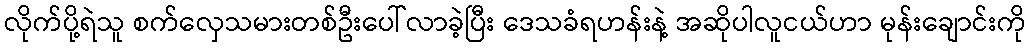
လိုက်ပို့ရဲသူ စက်လှေသမားတစ်ဦးပေါ်လာခဲ့ပြီး ဒေသခံရဟန်းနဲ့ အဆိုပါလူငယ်ဟာ မုန်းချောင်းကို